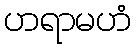
ဟရာမဟံ